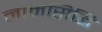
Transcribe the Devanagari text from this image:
नामसिद्धि